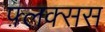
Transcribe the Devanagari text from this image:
फ़्लक्सस